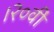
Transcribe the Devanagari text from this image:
।२०वीं